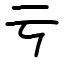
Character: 亏